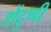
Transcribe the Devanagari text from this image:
शेंदुणी